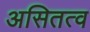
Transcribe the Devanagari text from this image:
असितत्व